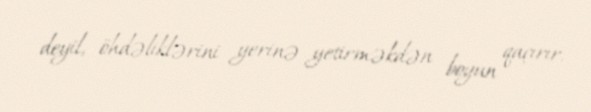
deyil, öhdəliklərini yerinə yetirməkdən boyun qaçırır.